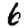
Digit: 6